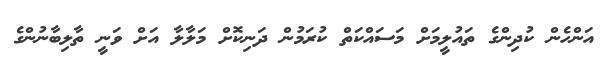
އަންހެން ކުދިންގެ ތައުލީމަށް މަސައްކަތް ކުރަމުން ދަނިކޮށް މަލާލާ އަށް ވަނީ ތާލިބާނުންގެ